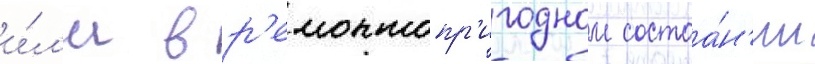
и́л'и в р'емонтопр'игодном состоа́н'ии